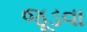
જૂડવા